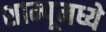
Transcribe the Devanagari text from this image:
शाम्पूमध्ये